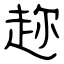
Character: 趂